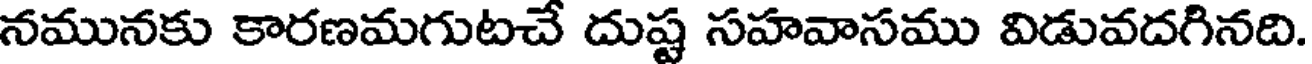
నమునకు కారణమగుటచే దుష్ట సహవాసము విడువదగినది